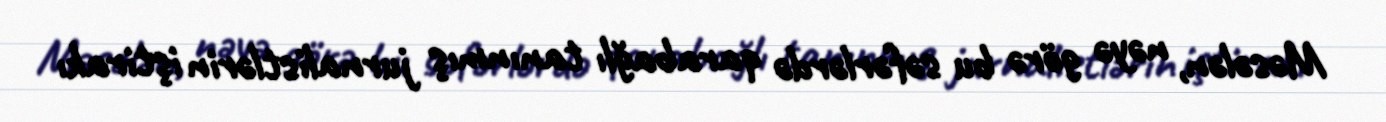
Məsələn, nəyə görə bu səfərlərdə qarabağlı tanınmış jurnalistlərin iştirakı